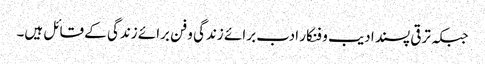
جبکہ ترقی پسند ادیب و فنکار ادب برائے زندگی و فن برائے زندگی کے قائل ہیں۔